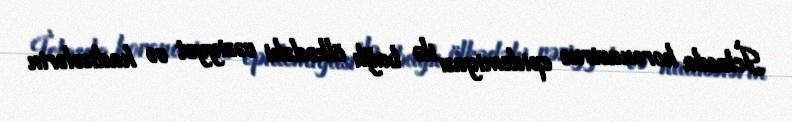
İclasda koronavirus epidemiyası ilə bağlı ölkədəki vəziyyət və hadisələrin